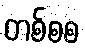
တစ်စစ